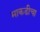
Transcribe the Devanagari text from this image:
माकडीचा